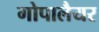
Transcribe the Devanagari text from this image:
गोपालैयर